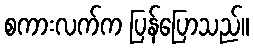
စကားလက်က ပြန်ပြောသည်။